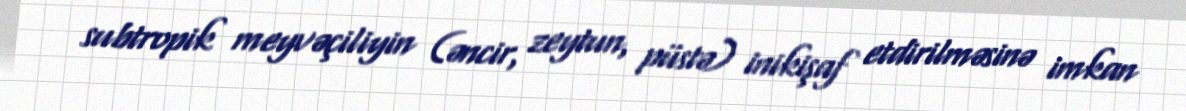
subtropik meyvəçiliyin (əncir, zeytun, püstə) inikişaf etdirilməsinə imkan